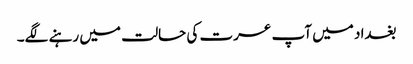
بغداد میں آپ عسرت کی حالت میں رہنے لگے۔